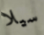
سيلا